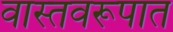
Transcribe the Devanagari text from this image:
वास्तवरूपात